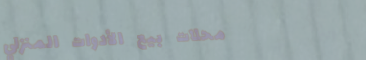
محلات بيع الأدوات المنزلي